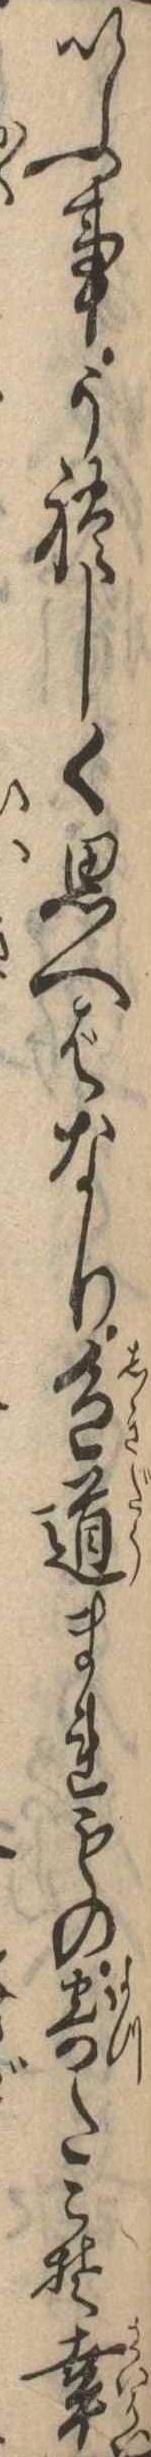
いふ事うれしく思へばなり色道まれもの寄たこそ幸